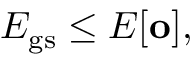
E _ { \mathrm { g s } } \leq E [ \mathbf { o } ] ,